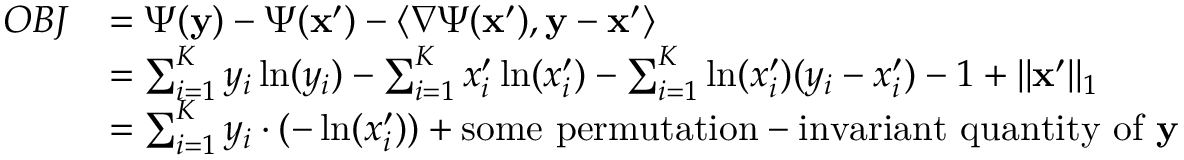
\begin{array} { r l } { O B J } & { = \Psi ( \mathbf y ) - \Psi ( \mathbf x ^ { \prime } ) - \langle \nabla \Psi ( \mathbf x ^ { \prime } ) , \mathbf y - \mathbf x ^ { \prime } \rangle } \\ & { = \sum _ { i = 1 } ^ { K } y _ { i } \ln ( y _ { i } ) - \sum _ { i = 1 } ^ { K } x _ { i } ^ { \prime } \ln ( x _ { i } ^ { \prime } ) - \sum _ { i = 1 } ^ { K } \ln ( x _ { i } ^ { \prime } ) ( y _ { i } - x _ { i } ^ { \prime } ) - 1 + \lVert \mathbf x ^ { \prime } \rVert _ { 1 } } \\ & { = \sum _ { i = 1 } ^ { K } y _ { i } \cdot ( - \ln ( x _ { i } ^ { \prime } ) ) + \mathrm { s o m e ~ p e r m u t a t i o n - i n v a r i a n t ~ q u a n t i t y ~ o f ~ } \mathbf y } \end{array}